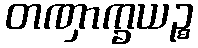
တဏှာက္ခယဉ္စ